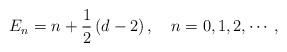
LaTeX: \begin{align*}E_{n}=n+\frac{1}{2}\left( d-2\right) ,\quad n=0,1,2,\cdots ,\end{align*}